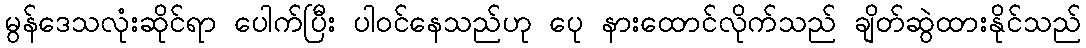
မွန်ဒေသလုံးဆိုင်ရာ ပေါက်ပြီး ပါဝင်နေသည်ဟု ပေု နားထောင်လိုက်သည် ချိတ်ဆွဲထားနိုင်သည်